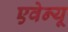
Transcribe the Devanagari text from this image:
एवेन्‍यू